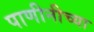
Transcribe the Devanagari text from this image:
पाणीनीच्या